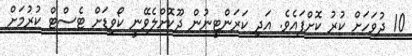
10 ދުވަހަށް ކުރު ކޮށްފައެވެ. އަދި ކަރަންޓީނުން ދޫކޮށްލެވޭނީ ކޯވިޑަށް ޓެސްޓް ކުރުމަށް